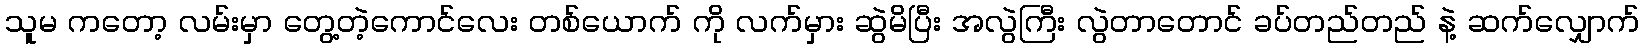
သူမ ကတော့ လမ်းမှာ တွေ့တဲ့ကောင်လေး တစ်ယောက် ကို လက်မှား ဆွဲမိပြီး အလွဲကြီး လွဲတာတောင် ခပ်တည်တည် နဲ့ ဆက်လျှောက်